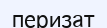
перизат